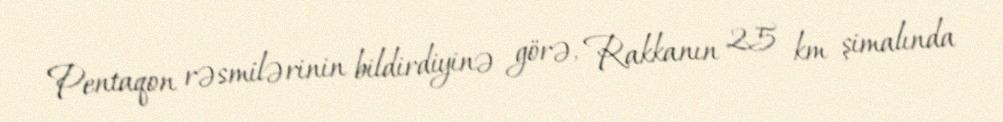
Pentaqon rəsmilərinin bildirdiyinə görə, Rakkanın 25 km şimalında